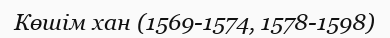
Көшім хан (1569-1574, 1578-1598)